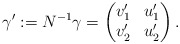
\begin{align*} \gamma' := N^{-1} \gamma = \begin{pmatrix} v'_1 & u'_1\\v'_2 & u'_2 \end{pmatrix}. \end{align*}